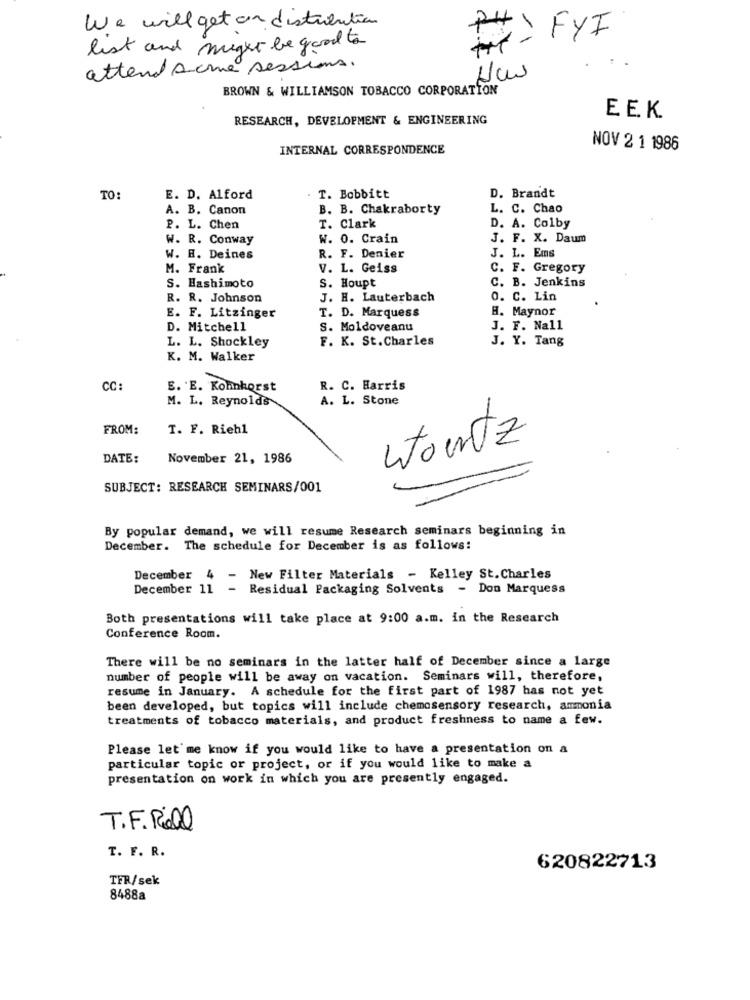
We will get on distribution
PH FYI
list and might be good to
attend some sessions.
BROWN & WILLIAMSON TOBACCO CORPORATION
RESEARCH, DEVELOPMENT & ENGINEERING
EEK
INTERNAL CORRESPONDENCE
NOV 2 1 1986
TO:
E. D. Alford
. T. Bobbitt
D. Brandt
A. B. Canon
B. B. Chakraborty
L. C. Chao
P. L. Chen
T. Clark
D. A. Colby
W. R. Conway
W. 0. Crain
J. F. X. Daum
W. E. Deines
R. F. Denier
J. L. Ems
M. Frank
V. L. Geiss
C. F. Gregory
C. B. Jenkins
S. Hashimoto
S. Houpt
R. R. Johnson
J. H. Lauterbach
o. C. Lin
H. Maynor
E. F. Litzinger
T. D. Marquess
D. Mitchell
S. Moldoveanu
J. F. Nall
F. K. St.Charles
J. Y. Tang
L. L. Shockley
K. M. Walker
CC
E. E. Kohnhorst
R. C. Harris
M. L. Reynolds
A. L. Stone
FROM:
T. F. Riehl
wourtz
DATE:
November 21, 1986
SUBJECT: RESEARCH SEMINARS/001
By popular demand, we will resume Research seminars beginning in
December. The schedule for December is as follows:
December 4 -
New Filter Materials - Kelley St. Charles
December 11 - Residual Packaging Solvents - Don Marquess
Both presentations will take place at 9:00 a.m. in the Research
Conference Room.
There will be no seminars in the latter half of December since a large
number of people will be away on vacation. Seminars will, therefore,
resume in January. A schedule for the first part of 1987 has not yet
been developed, but topics will include chemosensory research, ammonia
treatments of tobacco materials, and product freshness to name a few.
Please let me know if you would like to have a presentation on a
particular topic or project, or if you would like to make a
presentation on work in which you are presently engaged.
T.F. Rial
T. F. R.
620822713
TFR/sek
8488a